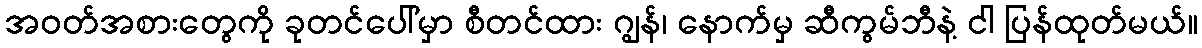
အဝတ်အစားတွေကို ခုတင်ပေါ်မှာ စီတင်ထား ဂျွန်၊ နောက်မှ ဆီကွမ်ဘီနဲ့ ငါ ပြန်ထုတ်မယ်။